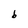
Character: b